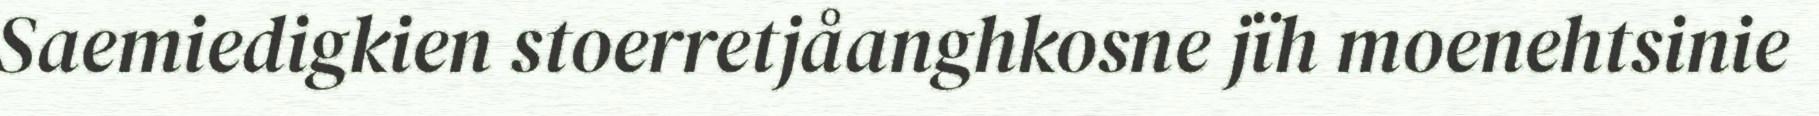
Saemiedigkien stoerretjåanghkosne jïh moenehtsinie